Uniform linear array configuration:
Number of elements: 8
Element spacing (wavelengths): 0.25
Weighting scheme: uniform
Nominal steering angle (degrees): -60
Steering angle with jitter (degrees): -61.132
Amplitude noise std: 0.05
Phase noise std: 0.05

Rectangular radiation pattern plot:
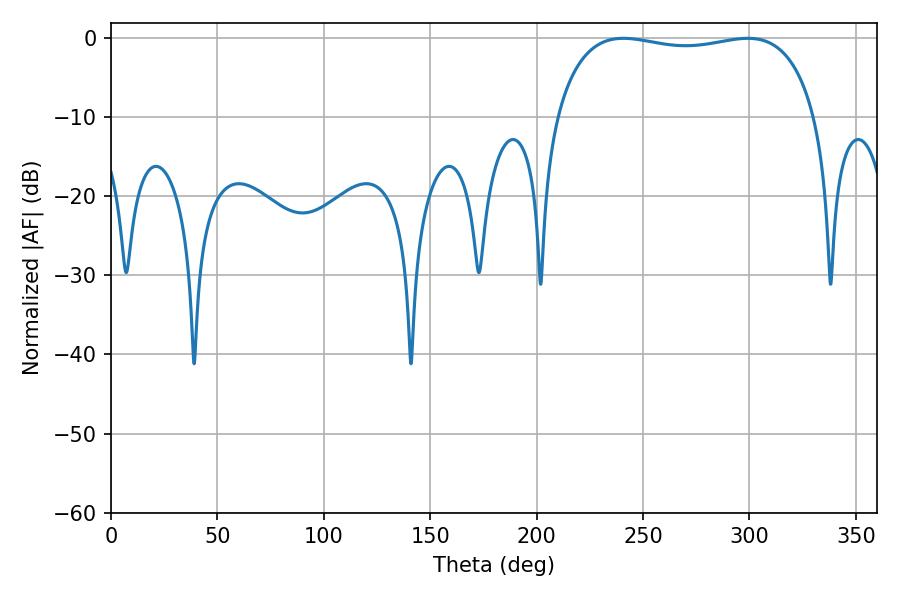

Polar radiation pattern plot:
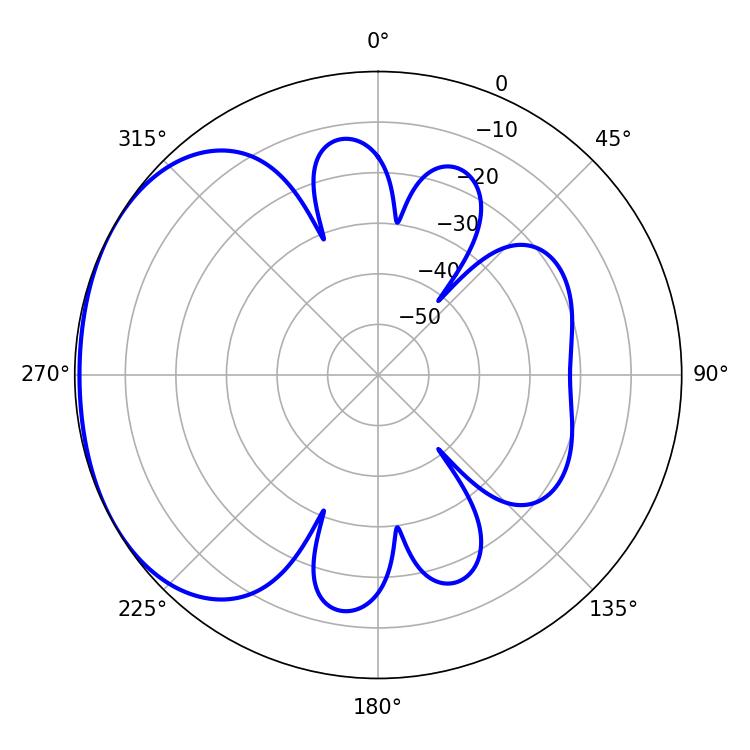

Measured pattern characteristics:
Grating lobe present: FALSE
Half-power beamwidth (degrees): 98.64
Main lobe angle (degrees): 240.84